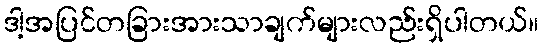
ဒါ့အပြင်တခြားအားသာချက်များလည်းရှိပါတယ်။